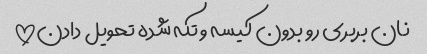
نان بربری رو بدون کیسه و تکه شده تحویل دادن!!!